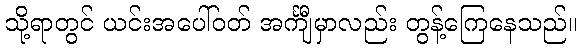
သို့ရာတွင် ယင်းအပေါ်ဝတ် အင်္ကျီမှာလည်း တွန့်ကြေနေသည်။